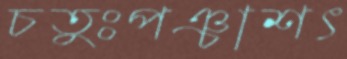
চতুঃপঞ্চাশৎ